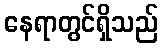
နေရာတွင်ရှိသည်